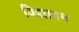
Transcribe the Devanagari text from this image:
विद्यागम